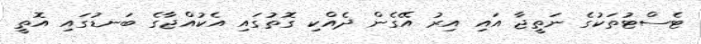
ޓެސްޓުތަކުގެ ނަތީޖާ އައި އިރު އޭގެން ދެއްކި ގޮތުގައި އެކުއްޖާގެ ބަނޑުގައި އޮތީ